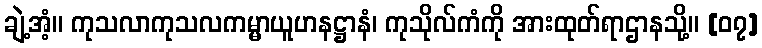
ချဲ့အံ့။ ကုသလာကုသလကမ္မာယူဟနဋ္ဌာနံ၊ ကုသိုလ်ကံကို အားထုတ်ရာဌာနသို့။ [၀၇]